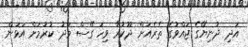
އަދި ދުނިޔޭގެ ޖައްވުގެ ތެރެއަށް ދޫކުރާ ވިހަ ގޭސް މަދު ކުރުމަށް އަޅަން